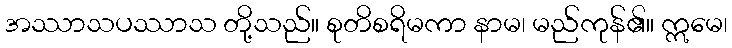
အဿာသပဿာသ တို့သည်။ စုတိစရိမကာ နာမ၊ မည်ကုန်၏။ ဣမေ၊